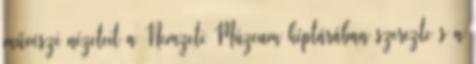
művészi nézeteit a Nemzeti Múzeum képtárában szerezte s a